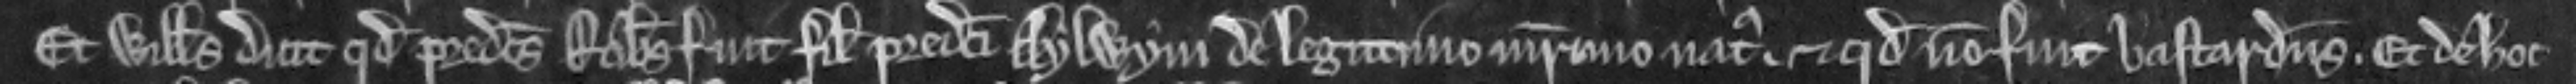
Et Willelmus dicit quod predictus Robertus fuit filius predicti Aylwyni de legitimo matrimonio natus. et quod non fuit bastardus. Et de hoc